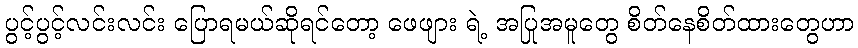
ပွင့်ပွင့်လင်းလင်း ပြောရမယ်ဆိုရင်တော့ ဖေဖျား ရဲ့ အပြုအမူတွေ စိတ်နေစိတ်ထားတွေဟာ